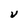
Character: V